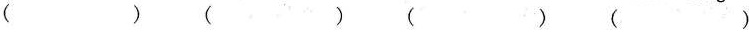
( ) ( ) ( ) ( )